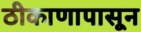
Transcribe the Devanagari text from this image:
ठीकाणापासून